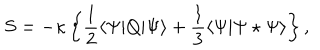
S = - \kappa \left\{ \frac 1 2 \langle \Psi | Q | \Psi \rangle + \frac 1 3 \langle \Psi | \Psi \star \Psi \rangle \right\} ,